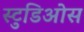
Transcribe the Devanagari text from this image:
स्टुडिओस